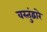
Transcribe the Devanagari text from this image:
वस्तुंद्वारे